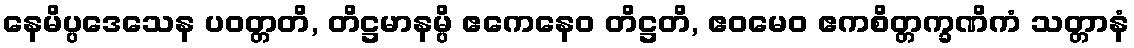
နေမိပ္ပဒေသေန ပဝတ္တတိ, တိဋ္ဌမာနမ္ပိ ဧကေနေဝ တိဋ္ဌတိ, ဧဝမေဝ ဧကစိတ္တက္ခဏိကံ သတ္တာနံ